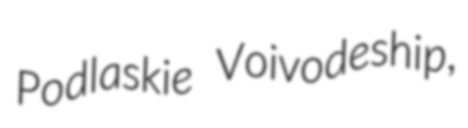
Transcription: Podlaskie Voivodeship,